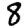
Digit: 8